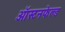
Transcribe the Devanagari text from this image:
ऑस्टनफेल्ड